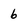
Character: 6